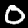
Label: 0